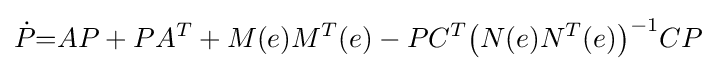
{\dot {P}}{=}AP+PA^{T}+M(e)M^{T}(e)-PC^{T}{\bigl (}N(e)N^{T}(e){\bigr )}^{-1}CP